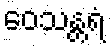
ဝေသန္တရံ